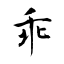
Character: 乖